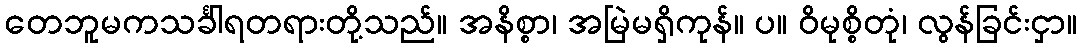
တေဘူမကသင်္ခါရတရားတို့သည်။ အနိစ္စာ၊ အမြဲမရှိကုန်။ ပ။ ဝိမုစ္စိတုံ၊ လွန်ခြင်းငှာ။